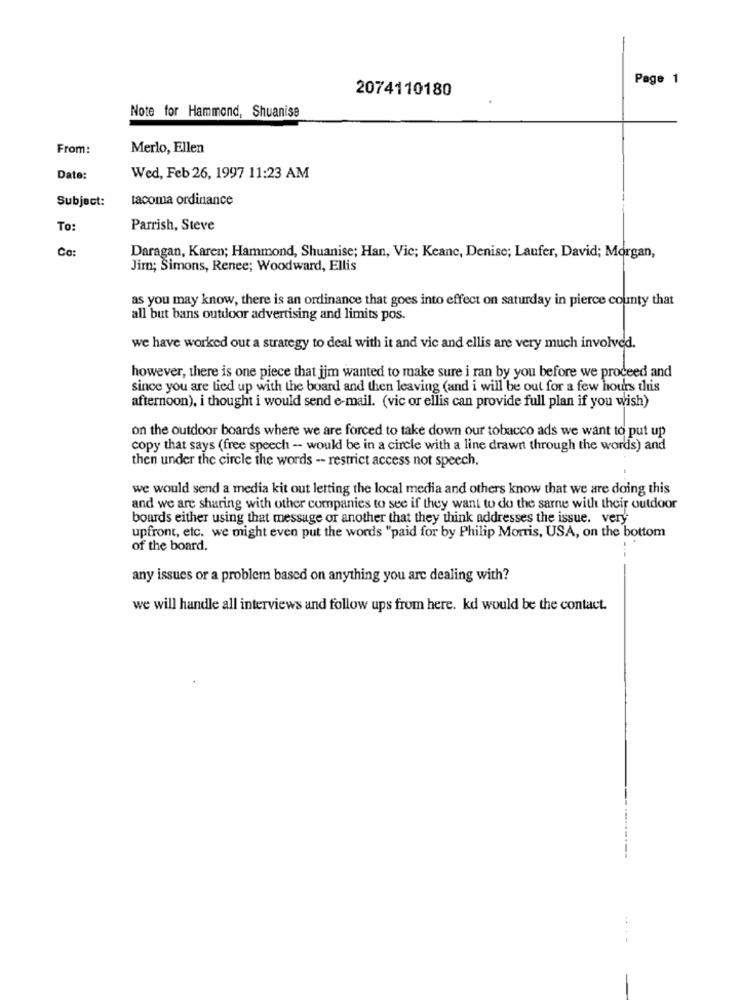
Page 1
2074110180
Note for Hammond, Shuanise
From:
Merlo, Ellen
Date:
Wed, Feb 26, 1997 11:23 AM
Subject:
tacoma ordinance
To
Parrish, Steve
Co:
Daragan, Karen; Hammond, Shuanise; Han, Vic; Keane, Denise; Laufer, David; Morgan,
Jim; Simons, Renee; Woodward, Ellis
as you may know, there is an ordinance that goes into effect on saturday in pierce county that
all but bans outdoor advertising and limits pos.
we have worked out a strategy to deal with it and vic and ellis are very much involved.
however, there is one piece that jjm wanted to make sure i ran by you before we proceed and
since you are tied up with the board and then leaving (and i will be out for a few hours this
afternoon), i thought i would send e-mail. (vic or ellis can provide full plan if you wish)
on the outdoor boards where we are forced to take down our tobacco ads we want to put up
copy that says (free speech - would be in a circle with a line drawn through the words) and
then under the circle the words -- restrict access not speech.
we would send a media kit out letting the local media and others know that we are doing this
and we are sharing with other companies to see if they want to do the sarne with their outdoor
boards either using that message or another that they think addresses the issue. very
upfront, etc. we might even put the words "paid for by Philip Morris, USA, on the bottom
of the board.
any issues or a problem based on anything you are dealing with?
we will handle all interviews and follow ups from here. kd would be the contact.